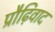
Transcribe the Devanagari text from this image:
प्रौढ़िवाद